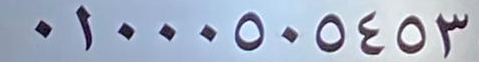
01000505453